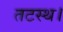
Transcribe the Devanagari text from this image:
तटस्थ।